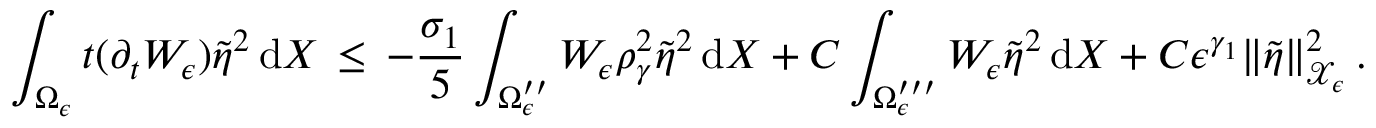
\int _ { \Omega _ { \epsilon } } t ( \partial _ { t } W _ { \epsilon } ) \tilde { \eta } ^ { 2 } \, \mathrm { d } X \, \le \, - \frac { \sigma _ { 1 } } { 5 } \int _ { \Omega _ { \epsilon } ^ { \prime \prime } } W _ { \epsilon } \rho _ { \gamma } ^ { 2 } \tilde { \eta } ^ { 2 } \, \mathrm { d } X + C \int _ { \Omega _ { \epsilon } ^ { \prime \prime \prime } } W _ { \epsilon } \tilde { \eta } ^ { 2 } \, \mathrm { d } X + C \epsilon ^ { \gamma _ { 1 } } \| \tilde { \eta } \| _ { \mathcal { X } _ { \epsilon } } ^ { 2 } \, .